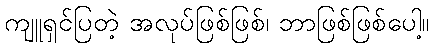
ကျူရှင်ပြတဲ့ အလုပ်ဖြစ်ဖြစ်၊ ဘာဖြစ်ဖြစ်ပေါ့။